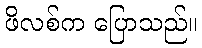
ဖိလစ်က ပြောသည်။